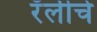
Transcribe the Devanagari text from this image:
रॅलीचे